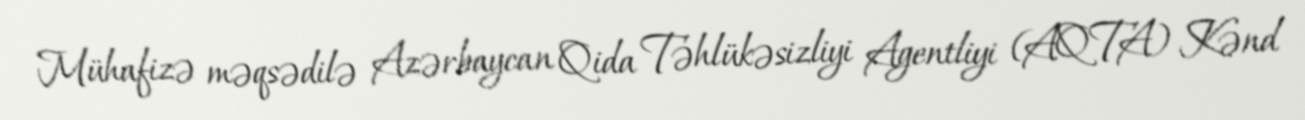
Mühafizə məqsədilə Azərbaycan Qida Təhlükəsizliyi Agentliyi (AQTA) Kənd